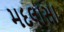
મદલાસા